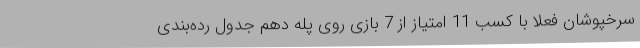
سرخپوشان فعلا با کسب 11 امتیاز از 7 بازی روی پله دهم جدول رده‌بندی